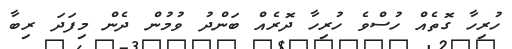
ހުރިހާ ގޮތެއް ހުސްވެ ހުރިހާ ދޮރެއް ބަންދު ވުމުން ދެން މިފަދަ ރިބާ